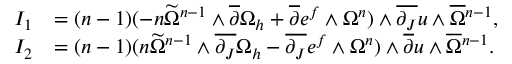
\begin{array} { r l } { I _ { 1 } } & { = ( n - 1 ) ( - n \widetilde { \Omega } ^ { n - 1 } \wedge \overline { { \partial } } \Omega _ { h } + \overline { { \partial } } e ^ { f } \wedge \Omega ^ { n } ) \wedge \overline { { \partial _ { J } } } u \wedge \overline { { \Omega } } { \mathstrut } ^ { n - 1 } , } \\ { I _ { 2 } } & { = ( n - 1 ) ( n \widetilde { \Omega } ^ { n - 1 } \wedge \overline { { \partial _ { J } } } \Omega _ { h } - \overline { { \partial _ { J } } } e ^ { f } \wedge \Omega ^ { n } ) \wedge \overline { { \partial } } u \wedge \overline { { \Omega } } { \mathstrut } ^ { n - 1 } . } \end{array}